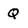
Character: q